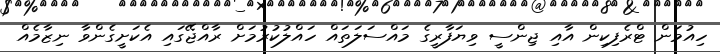
ހިއުމަން ޓްރެފިކިން އާއި ޖިންސީ ވިޔަފާރީގެ މައްސަލަތައް ހައްލުކުރުމަށް ރާއްޖޭގައި އެކަށީގެންވާ ނިޒާމެއް